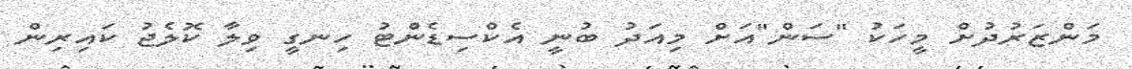
މަންޒަރުދުށް މީހަކު "ސަން"އަށް މިއަދު ބުނީ އެކްސިޑެންޓު ހިނގީ ވިލާ ކޮލެޖު ކައިރިން